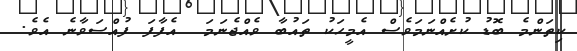
ކިތަންމެ ބޮޑު ކުށެއްނަމަވެސް އެމީހަކު ތައުބާ ވެއްޖެނަމަ  އެފާފަ ފުއްސަވާނެ އެވެ.